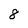
Character: 8